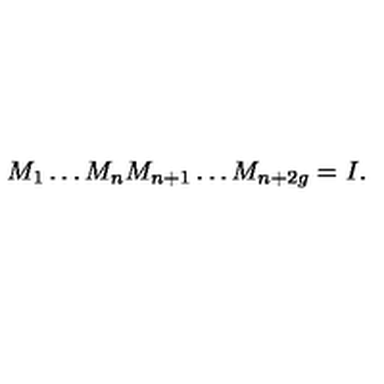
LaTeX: M _ { 1 } \dots M _ { n } M _ { n + 1 } \dots M _ { n + 2 g } = I .